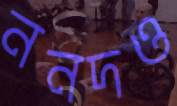
ননদও